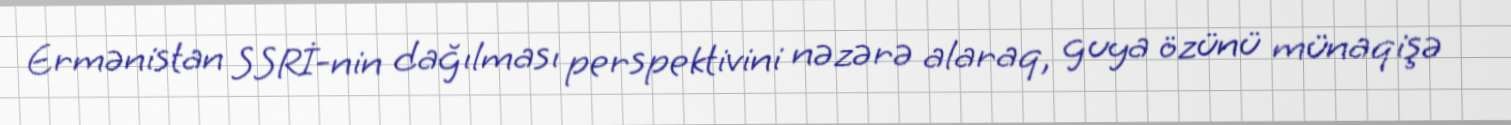
Ermənistan SSRİ-nin dağılması perspektivini nəzərə alaraq, guya özünü münaqişə